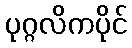
ပုဂ္ဂလိကပိုင်